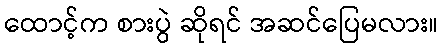
ထောင့်က စားပွဲ ဆိုရင် အဆင်ပြေမလား။